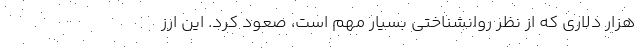
هزار دلاری که از نظر روانشناختی بسیار مهم است، صعود کرد. این ارز